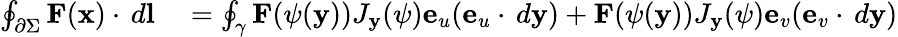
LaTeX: \begin{array}{rl}{\oint_{\partial\Sigma}{\mathbf{F}(\mathbf{x})\cdot\, d\mathbf{l}}}&{{}=\oint_{\gamma}{\mathbf{F}(\mathbf{\psi}(\mathbf{y}))J_{\mathbf{y}}(\mathbf{\psi})\mathbf{e}_{u}(\mathbf{e}_{u}\cdot\, d\mathbf{y})+\mathbf{F}(\mathbf{\psi}(\mathbf{y}))J_{\mathbf{y}}(\mathbf{\psi})\mathbf{e}_{v}(\mathbf{e}_{v}\cdot\, d\mathbf{y})}}\end{array}